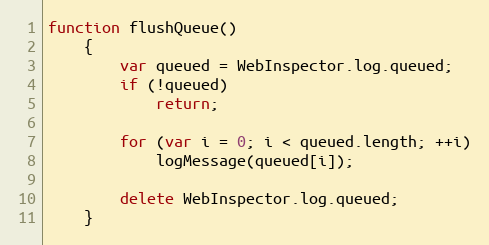
Language: JavaScript
function flushQueue()
    {
        var queued = WebInspector.log.queued;
        if (!queued)
            return;

        for (var i = 0; i < queued.length; ++i)
            logMessage(queued[i]);

        delete WebInspector.log.queued;
    }